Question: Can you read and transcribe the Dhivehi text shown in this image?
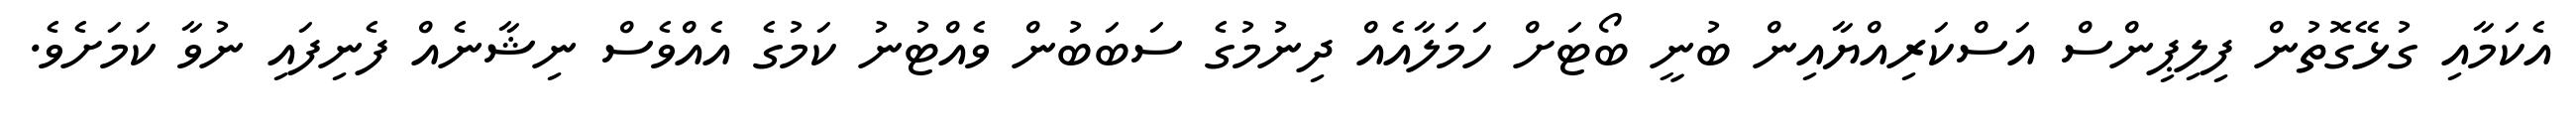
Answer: އެކަމާއި ގުޅޭގޮތުން ފިލިޕިންސް އަސްކަރިއްޔާއިން ބުނީ ބޯޓަށް ހަމަލާއެއް ދިނުމުގެ ސަބަބުން ވެއްޓުނު ކަމުގެ އެއްވެސް ނިޝާނެއް ފެނިފައި ނުވާ ކަމަށެވެ.